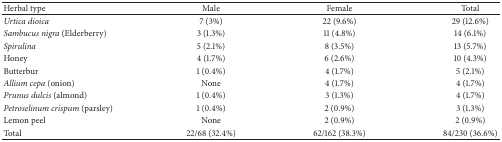
<table><thead><tr><td><b>Herbal type</b></td><td><b>Male</b></td><td><b>Female</b></td><td><b>Total</b></td></tr></thead><tbody><tr><td><i>Urtica dioica</i></td><td>7 (3%)</td><td>22 (9.6%)</td><td>29 (12.6%)</td></tr><tr><td><i>Sambucus nigra</i> (Elderberry)</td><td>3 (1.3%)</td><td>11 (4.8%)</td><td>14 (6.1%)</td></tr><tr><td><i>Spirulina</i></td><td>5 (2.1%)</td><td>8 (3.5%)</td><td>13 (5.7%)</td></tr><tr><td>Honey</td><td>4 (1.7%)</td><td>6 (2.6%)</td><td>10 (4.3%)</td></tr><tr><td>Butterbur</td><td>1 (0.4%)</td><td>4 (1.7%)</td><td>5 (2.1%)</td></tr><tr><td><i>Allium cepa</i> (onion)</td><td>None</td><td>4 (1.7%)</td><td>4 (1.7%)</td></tr><tr><td><i>Prunus dulcis</i> (almond)</td><td>1 (0.4%)</td><td>3 (1.3%)</td><td>4 (1.7%)</td></tr><tr><td><i>Petroselinum crispum</i> (parsley)</td><td>1 (0.4%)</td><td>2 (0.9%)</td><td>3 (1.3%)</td></tr><tr><td>Lemon peel</td><td>None</td><td>2 (0.9%)</td><td>2 (0.9%)</td></tr><tr><td>Total</td><td>22/68 (32.4%)</td><td>62/162 (38.3%)</td><td>84/230 (36.6%)</td></tr></tbody></table>